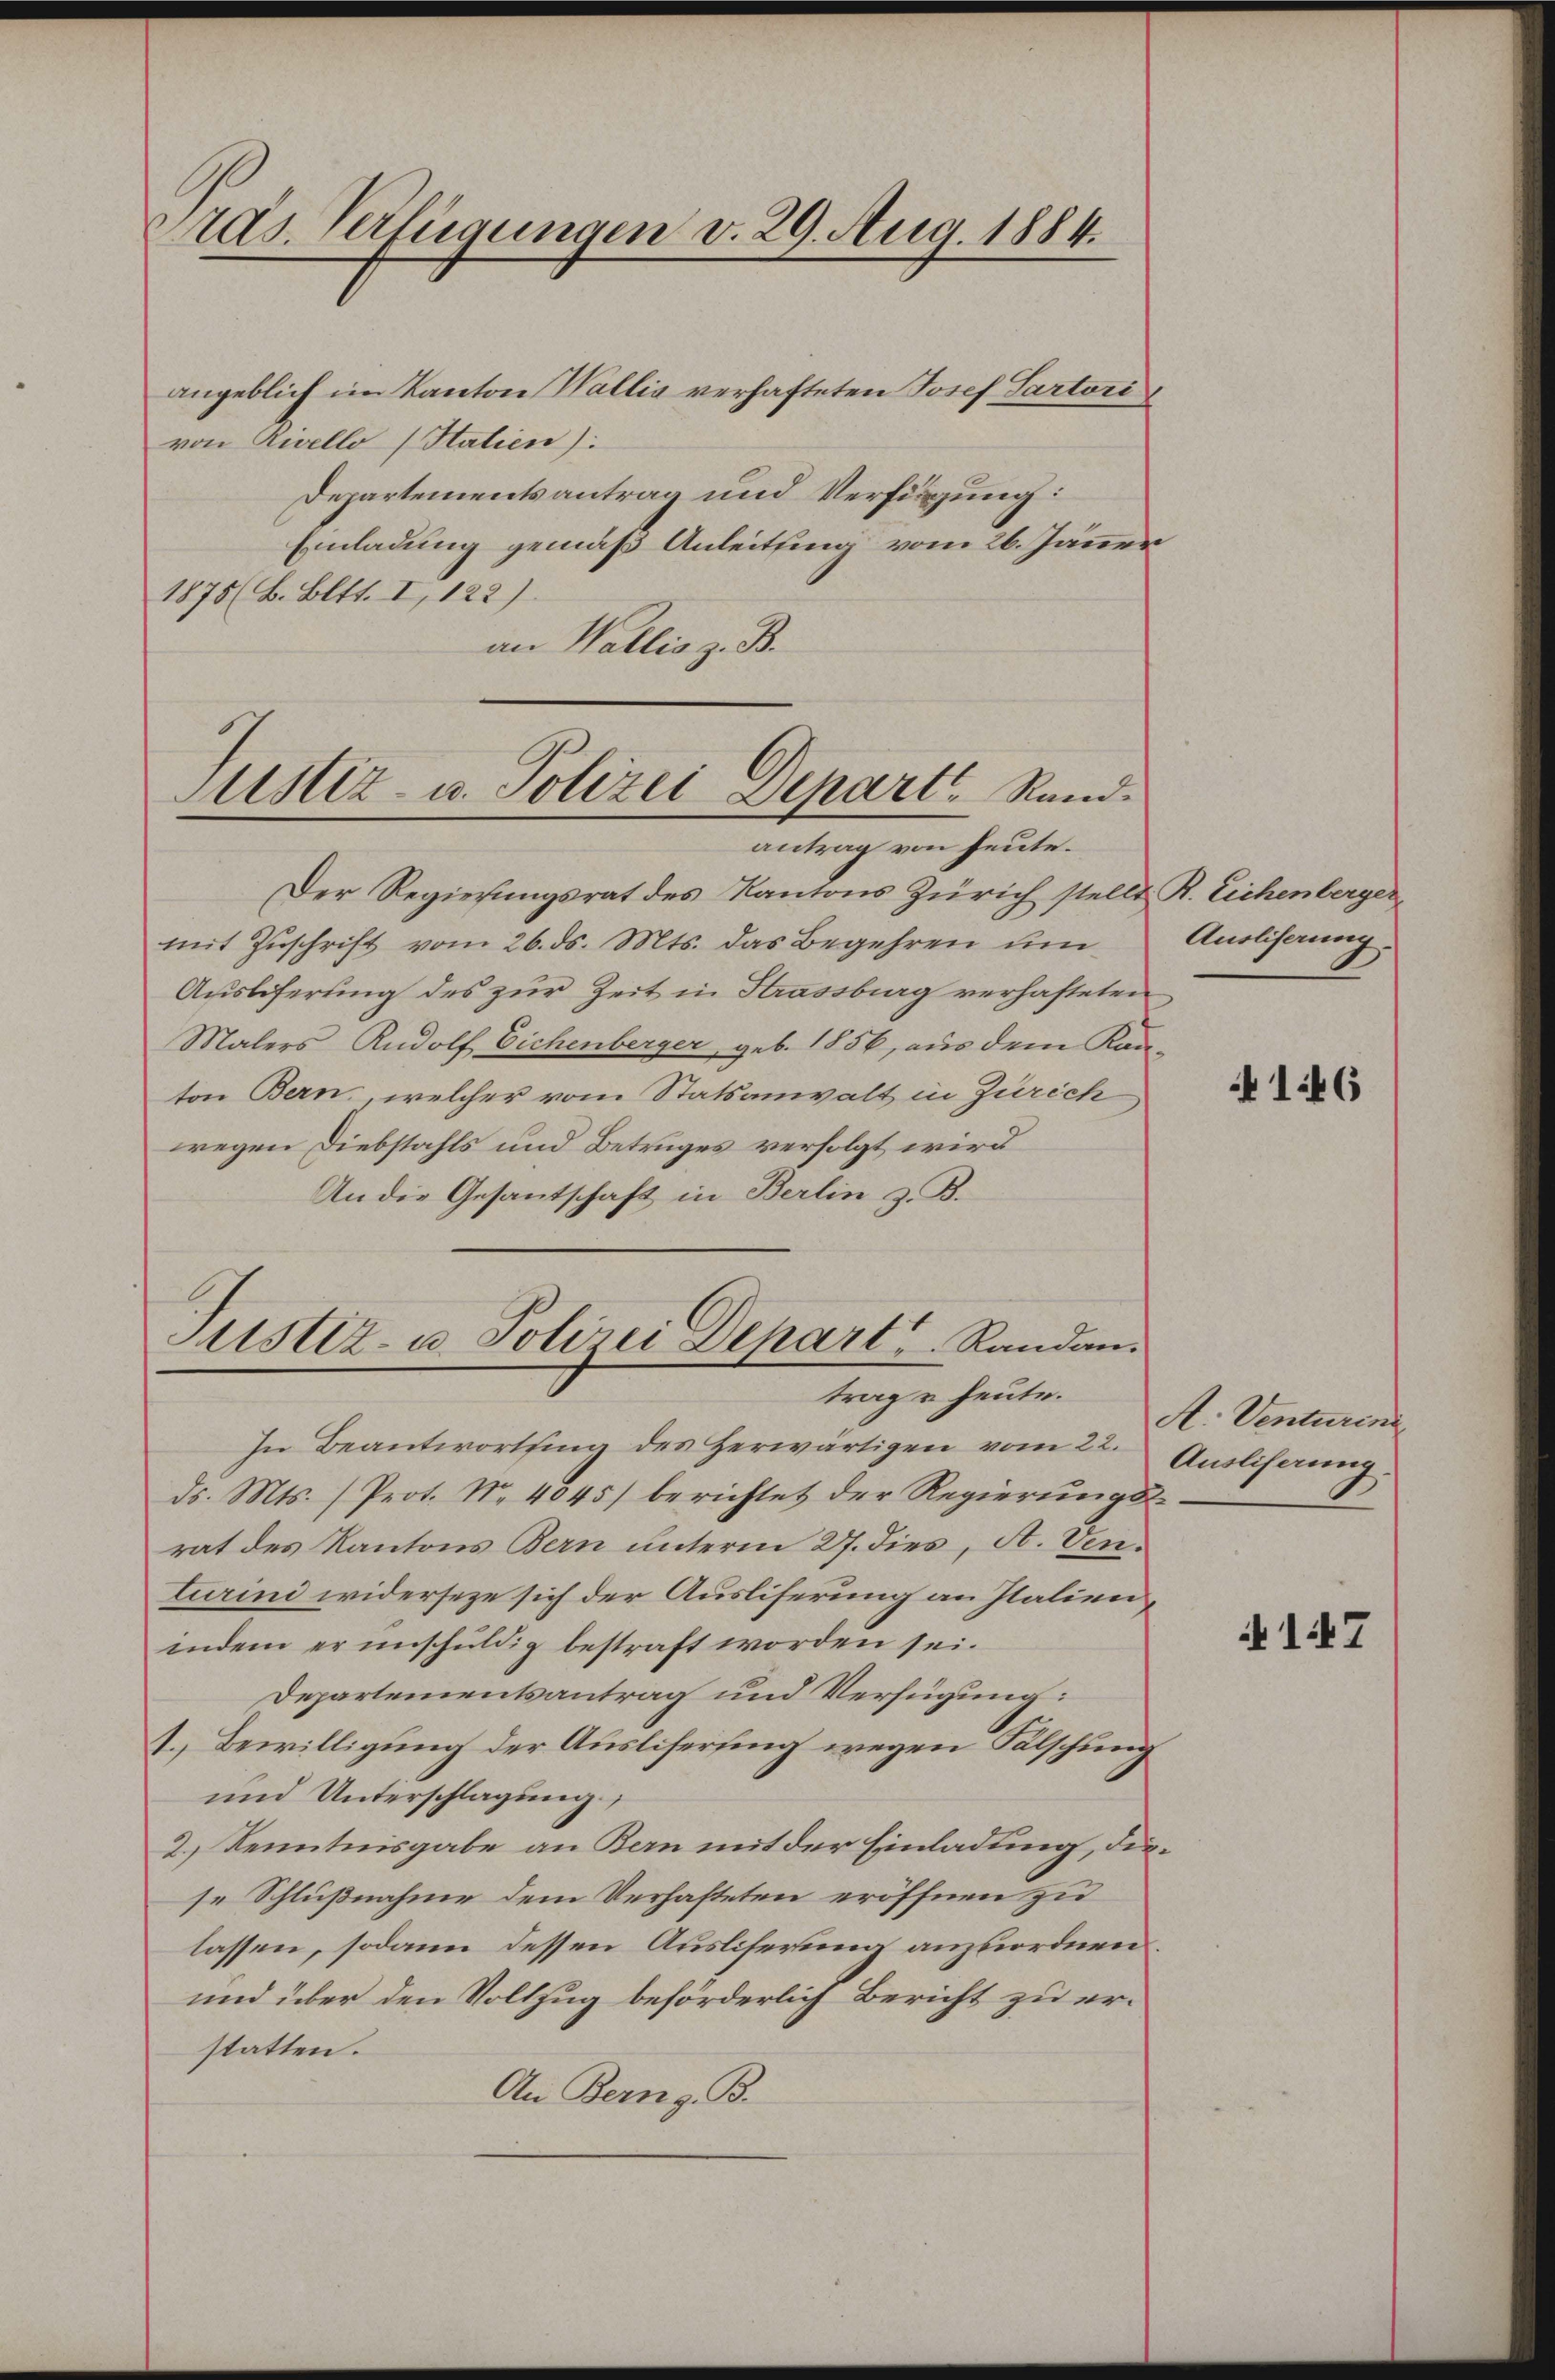
Präs. Verfügungen v. 29. Aug. 1884.

angeblich im Kanton Wallis verhafteten Josef Sartori
von Livello (Statien):
Departementsantrag und Verfügung:
Einladung gemäß Anleitung vom 26. Jänner
1875 (B. Bett. I, 122).
an Wallis z. B.

Justiz- u. Polizei Depart Randantrag von heute.

Justiz- u. Polizei Depart Randan
trag u. heute.

Der Regierungsrat des Kantons Zürich stellt R. Eichenberger
mit Zŭschrift vom 26. ds. Mts. das Begehren um
Ausliferung des zur Zeit in Strassburg verhafteten
Malers Rudolf Eichenberger, geb. 1856, aus dem Kan-
ton Bern, welcher vom Statsanwalt in Zürich
wegen Diebstahls und Betruges verfolgt wird
An die Gesantschaft in Berlin z. B.
In Beantwortung des herwärtigen vom 22.
ds. Mts. (Prot. No. 4045) berichtet der Regierungsrat des Kantons Bern unterm 27. dies, A. Venturini widerseze sich der Ausliserung an Italienindem er unschuldig bestraft worden sei.
Departementsantrag und Verfügung:
1. Bewilligung der Ausliserung wegen Fälschung
und Unterschlagung,
2.) Kenntnisgabe an Bern mit der Einladung, die
se Schlußnahme dem Verhafteten eröffnen zu
lassen, sodann dessen Ausliferung anzuordnen.
und über den Vollzug beförderlich Bericht zu erstatten.
An Berng. B.

Ansliserung.

146

A. Venturini
Auslisaung.

147